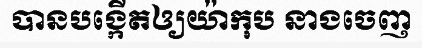
បានបង្កើតឲ្យយ៉ាកុប នាងចេញ